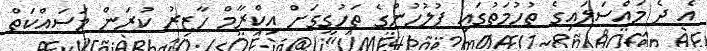
އެ ދެ މައްސަލައިގެ ތުހުމަތުގައި ފުލުހުންގެ ތަހުގީގަށް އިކްރާމް ހާޒިރު ކުރަން މަސައްކަތް